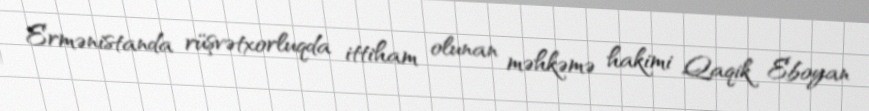
Ermənistanda rüşvətxorluqda ittiham olunan məhkəmə hakimi Qaqik Eboyan